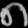
Digit: ၈